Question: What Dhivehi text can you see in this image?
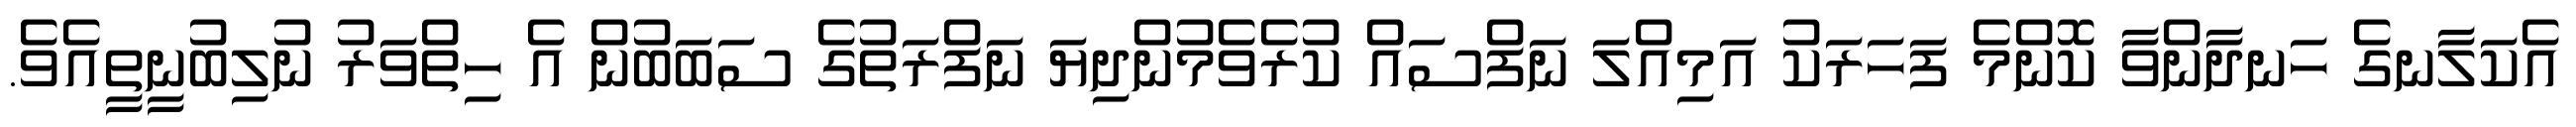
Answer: އެކަލާނގެ ހަނދާންވާ ކޮންމެ ފަހަރަކު އަމިއްލަ ނަފްސައް ކުރެވެމުންދިޔަ ނަފްރަތުގެ ސަބަބުން އެ ހިތްވަރު ނުލިބުނީތީއެވެ.